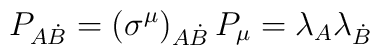
P_{A\dot{B}} = \left(\sigma^{\mu}\right)_{A\dot{B}} P_{\mu} = \lambda_{A}\lambda_{\dot{B}}